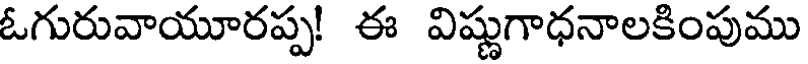
ఓగురువాయూరప్ప! ఈ విష్ణుగాధనాలకింపుము